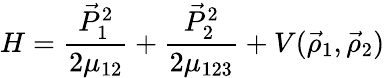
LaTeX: H=\frac{\vec{P}_{1}^{2}}{2\mu_{12}}+\frac{\vec{P}_{2}^{2}}{2\mu_{123}}+V(\vec{\rho}_{1},\vec{\rho}_{2})